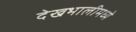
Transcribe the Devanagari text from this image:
देखभालीमध्ये